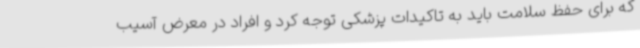
که برای حفظ سلامت باید به تاکیدات پزشکی توجه کرد و افراد در معرض آسیب